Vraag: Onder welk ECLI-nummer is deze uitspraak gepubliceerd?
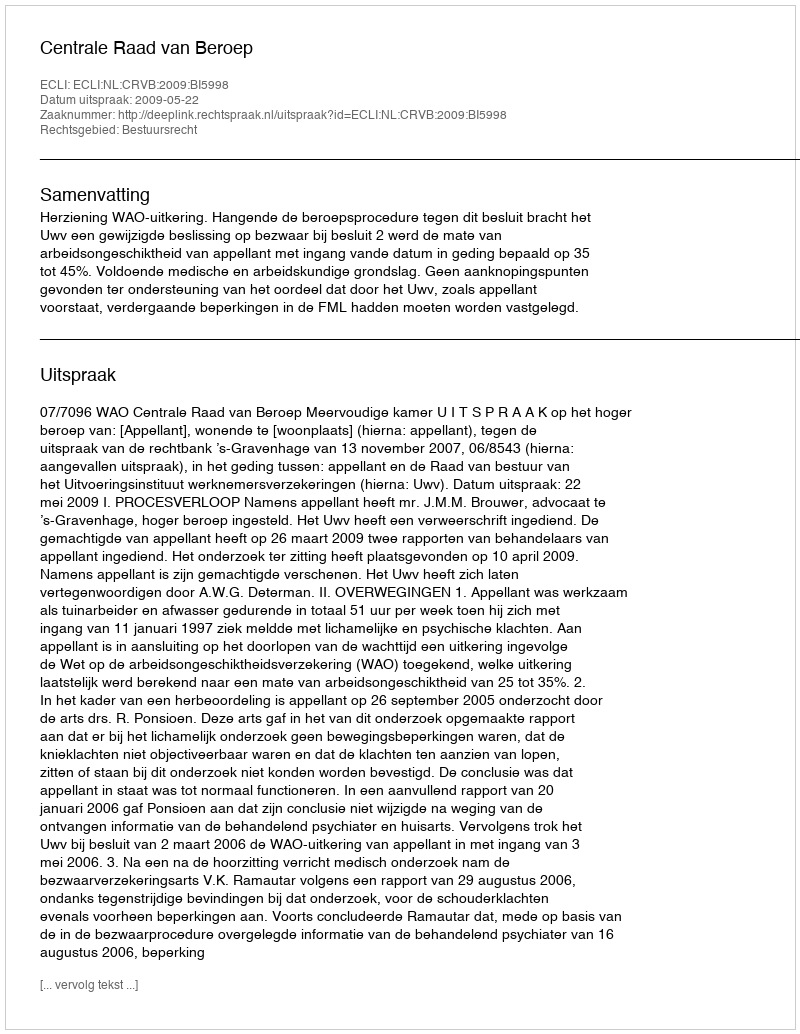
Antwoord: ECLI:NL:CRVB:2009:BI5998